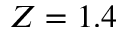
Z = 1 . 4